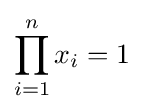
\prod _{i=1}^{n}x_{i}=1